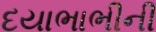
દયાભાભીની